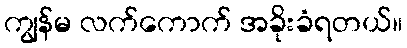
ကျွန်မ လက်ကောက် အခိုးခံရတယ်။